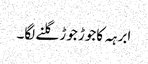
ابرہہ کاجوڑ جوڑ گلنے لگا۔